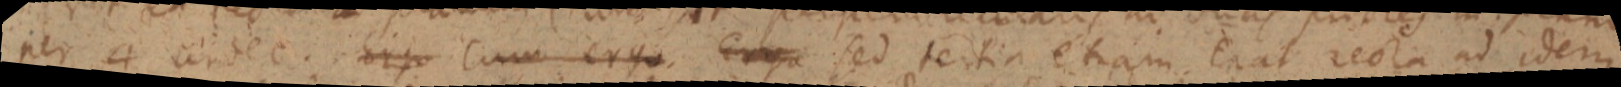
_ per 4 undec. Ergo Cum ergo Ergo sed tertia etiam. Erat recta ad idem